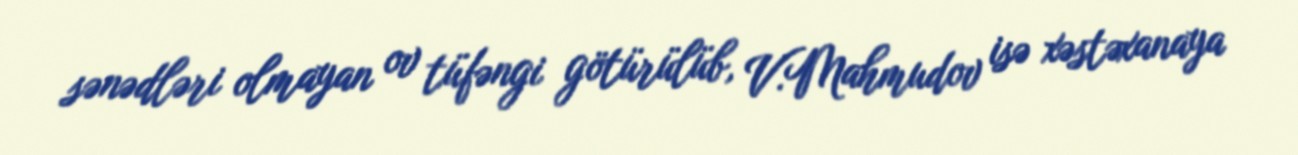
sənədləri olmayan ov tüfəngi götürülüb, V.Mahmudov isə xəstəxanaya